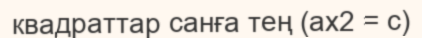
квадраттар санға тең (ax2 = c)